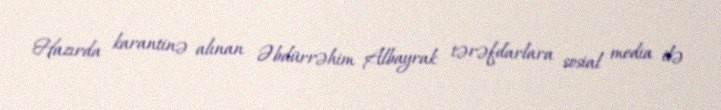
Hazırda karantinə alınan Əbdürrəhim Albayrak tərəfdarlara sosial media ilə